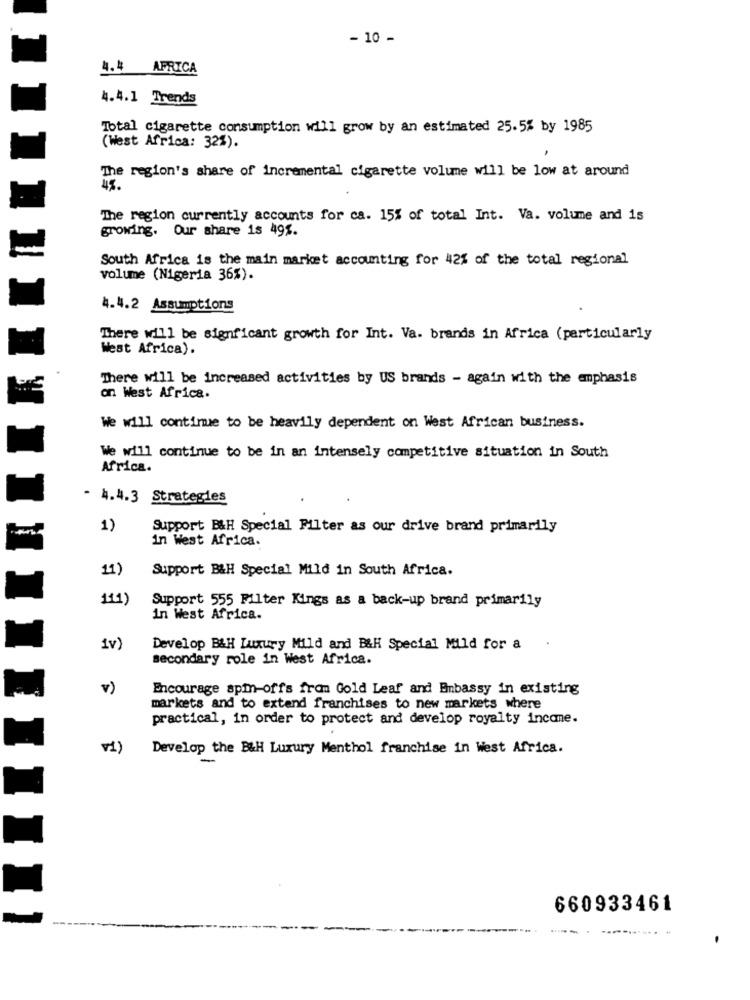
- 10 -
4.4 APRICA
4.4.1 Trends
Total cigarette consumption will grow by an estimated 25.5% by 1985
(West Africa: 32%).
"The region's share of incremental cigarette volume will be low at around
The region currently accounts for ca. 15% of total Int. Va. volume and is
growing. Our share is 49%.
South Africa is the main market accounting for 42% of the total regional
volume (Nigeria 36%).
4.4.2 Assumptions
There will be signficant growth for Int. Va. brands in Africa (particularly
West Africa).
There will be increased activities by US brands - again with the emphasis
on West Africa.
We will continue to be heavily dependent on West African business.
We will continue to be in an intensely competitive situation in South
Africa.
- 4.4.3 Strategies
1)
Support B&H Special Filter as our drive brand primarily
in West Africa.
11)
Support B&H Special Mild in South Africa.
111)
Support 555 Filter Kings as a back-up brand primarily
in West Africa.
1v)
Develop B&H Luxury Mild and B&H Special Mild for a .
secondary role in West Africa.
v)
Encourage spm-offs from Gold Leaf and Embassy in existing
markets and to extend franchises to new markets where
practical, in order to protect and develop royalty income.
v1)
Develop the B&H Luxury Menthol franchise in West Africa.
660933461